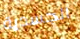
الجسدية